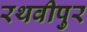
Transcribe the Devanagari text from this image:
रथवीपुर